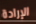
الإرادة